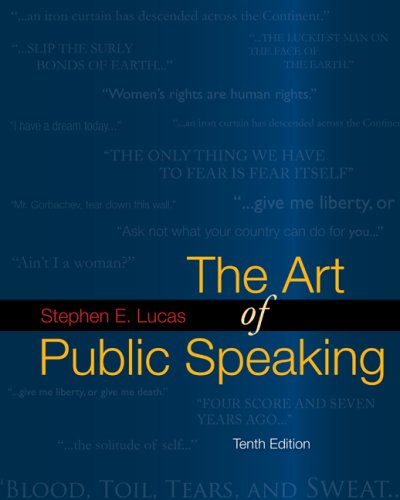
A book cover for The Art of Public Speaking with Media Ops Setup ISBN Lucas; Stephen Lucas; Reference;